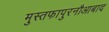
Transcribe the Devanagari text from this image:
मुस्तफापुरनौआबाद